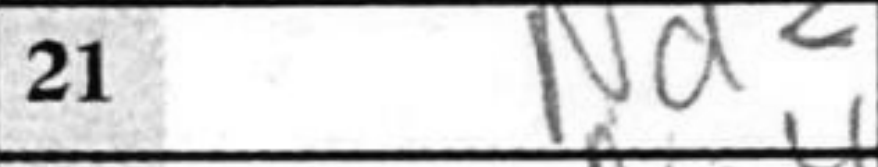
Transcription: Nd2